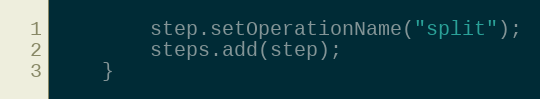
Language: Java
        step.setOperationName("split");
        steps.add(step);
    }